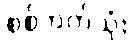
စစ်ဘက်သုံး